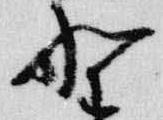
野